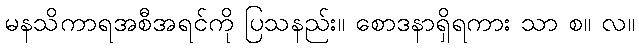
မနသိကာရအစီအရင်ကို ပြသနည်း။ စောဒနာရှိရကား သာ စ။ လ။